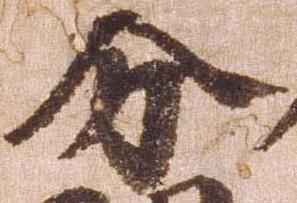
分